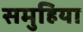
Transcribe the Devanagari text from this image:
समुहिया